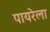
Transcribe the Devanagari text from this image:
पायरेला